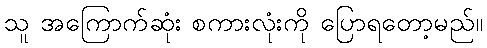
သူ အကြောက်ဆုံး စကားလုံးကို ပြောရတော့မည်။